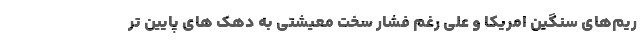
ریم‌های سنگین امریکا و علی رغم فشار سخت معیشتی به دهک های پایین تر